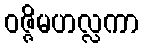
ဝဇ္ဇိမဟလ္လကာ